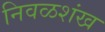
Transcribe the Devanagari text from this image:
निवळशंख